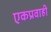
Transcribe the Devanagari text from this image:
एकप्रवाही